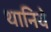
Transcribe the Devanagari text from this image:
थानिये